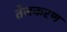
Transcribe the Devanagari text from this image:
तेजकरण